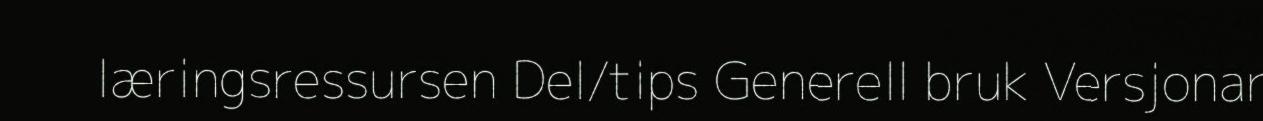
læringsressursen Del/tips Generell bruk Versjonar